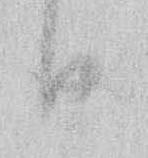
日